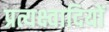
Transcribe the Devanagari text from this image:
प्रत्यक्ष्वादियों